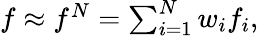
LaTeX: \begin{array}{r}{f\approx f^{N}=\sum_{i=1}^{N}w_{i}f_{i},}\end{array}